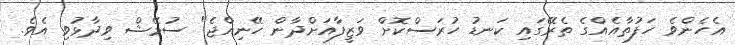
އެހެންވެ ހަފުތާއެއްގެ ތެރޭގައި ކަނޑު ހުރަސްކޮށް ވަޒީފާއަށްދާން ހޭނިއްޖެ" ސުމޭޝް ވިދާޅުވި އެވެ.